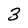
Character: 3